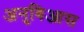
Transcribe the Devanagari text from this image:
अनुबिआस